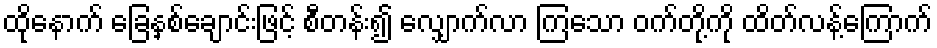
ထိုနောက် ခြေနှစ်ချောင်းဖြင့် စီတန်း၍ လျှောက်လာ ကြသော ဝက်တို့ကို ထိတ်လန့်ကြောက်